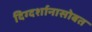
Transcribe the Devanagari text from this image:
दिग्दर्शानासोबत